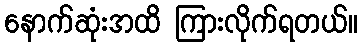
နောက်ဆုံးအထိ ကြားလိုက်ရတယ်။